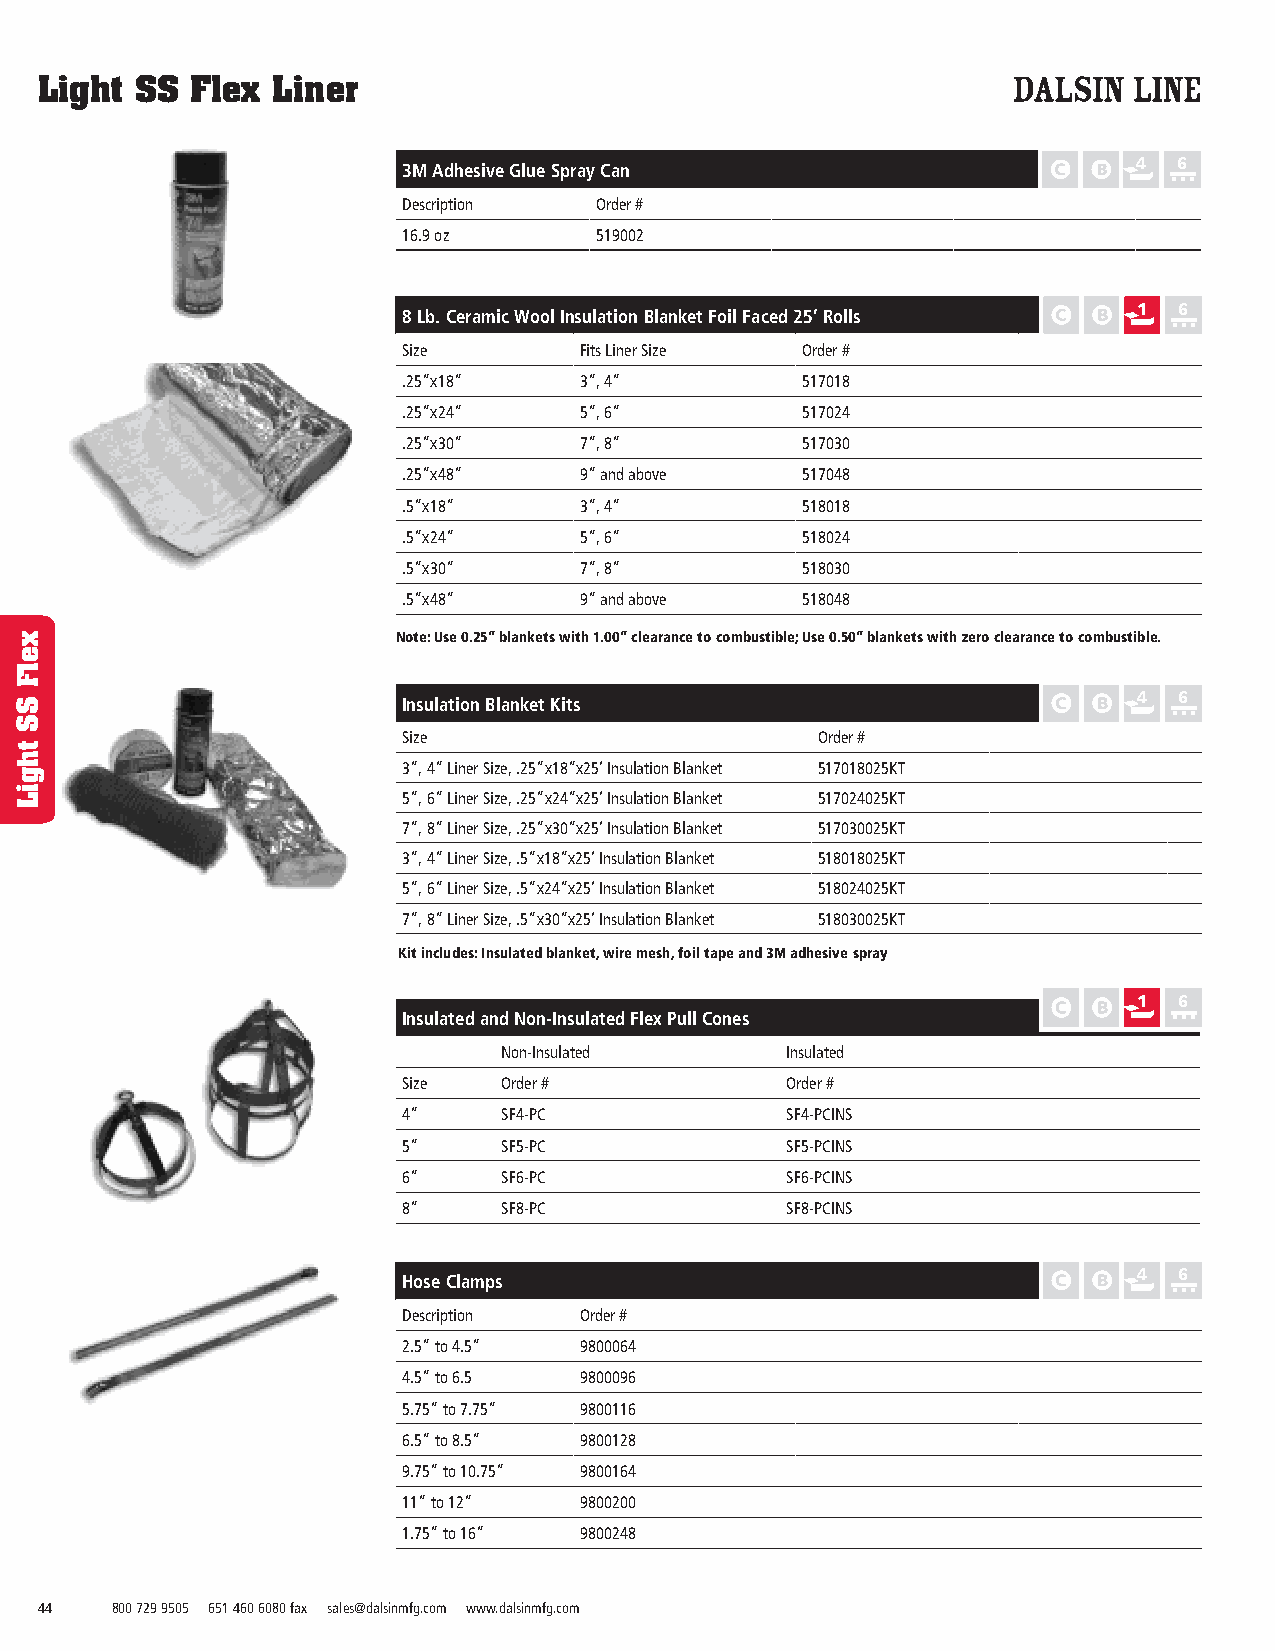
Light  SS  Flex Liner
 3M Adhesive Glue Spray Can                      4  6
 Description Order #
 16.9 oz     519002
 8 Lb. Ceramic Wool Insulation Blanket Foil Faced 25’ Rolls 1 6
 Size       Fits Liner Size Order #
 .25”x18”   3”, 4”         517018
 .25”x24”   5”, 6”         517024
 .25”x30”   7”, 8”         517030
 .25”x48”   9” and above   517048
 .5”x18”    3”, 4”         518018
 .5”x24”    5”, 6”         518024
 .5”x30”    7”, 8”         518030
 .5”x48”    9” and above   518048
 Note: Use 0.25” blankets with 1.00” clearance to combustible; Use 0.50” blankets with zero clearance to combustible.
 Insulation Blanket Kits                         4  6
 Size                       Order #
 3”, 4” Liner Size, .25”x18”x25’ Insulation Blanket 517018025KT
 5”, 6” Liner Size, .25”x24”x25’ Insulation Blanket 517024025KT
 7”, 8” Liner Size, .25”x30”x25’ Insulation Blanket 517030025KT
 3”, 4” Liner Size, .5”x18”x25’ Insulation Blanket 518018025KT
 5”, 6” Liner Size, .5”x24”x25’ Insulation Blanket 518024025KT
 7”, 8” Liner Size, .5”x30”x25’ Insulation Blanket 518030025KT
 Kit includes: Insulated blanket, wire mesh, foil tape and 3M adhesive spray
 1  6
 Insulated and Non-Insulated Flex Pull Cones
 Non-Insulated      Insulated
 Size  Order #            Order #
 4”    SF4-PC             SF4-PCINS
 5”    SF5-PC             SF5-PCINS
 6”    SF6-PC             SF6-PCINS
 8”    SF8-PC             SF8-PCINS
 Hose Clamps                                     4  6
 Description Order #
 2.5” to 4.5” 9800064
 4.5” to 6.5 9800096
 5.75” to 7.75” 9800116
 6.5” to 8.5” 9800128
 9.75” to 10.75” 9800164
 11” to 12” 9800200
 1.75” to 16” 9800248
 44   800 729 9505 651 460 6080 fax sales@dalsinmfg.com www.dalsinmfg.com
 xelF
 SS
 thgiL